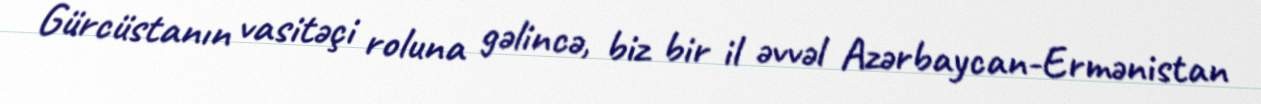
Gürcüstanın vasitəçi roluna gəlincə, biz bir il əvvəl Azərbaycan-Ermənistan